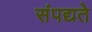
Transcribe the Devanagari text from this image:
संपद्यते